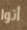
أتوا